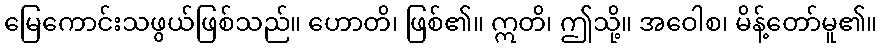
မြေကောင်းသဖွယ်ဖြစ်သည်။ ဟောတိ၊ ဖြစ်၏။ ဣတိ၊ ဤသို့။ အဝေါစ၊ မိန့်တော်မူ၏။